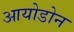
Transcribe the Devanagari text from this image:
आयोडोन